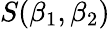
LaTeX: S(\beta_{1},\beta_{2})